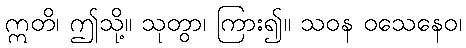
ဣတိ၊ ဤသို့။ သုတွာ၊ ကြား၍။ သဝန ဝသေနေဝ၊